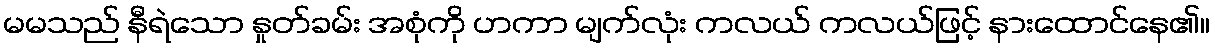
မမသည် နီရဲသော နှုတ်ခမ်း အစုံကို ဟကာ မျက်လုံး ကလယ် ကလယ်ဖြင့် နားထောင်နေ၏။